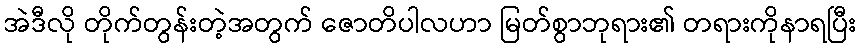
အဲဒီလို တိုက်တွန်းတဲ့အတွက် ဇောတိပါလဟာ မြတ်စွာဘုရား၏ တရားကိုနာရပြီး